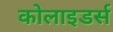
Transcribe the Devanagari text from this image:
कोलाइडर्स